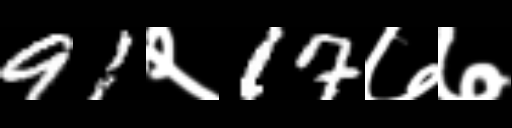
Text: 91२17७७